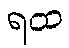
ရထ